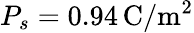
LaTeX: P_{s}=0.94\, \mathrm{C}/\mathrm{m}^{2}